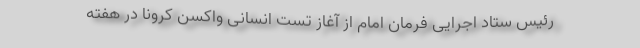
رئیس ستاد اجرایی فرمان امام از آغاز تست انسانی واکسن کرونا در هفته